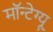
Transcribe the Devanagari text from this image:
मॉन्टेग्यू